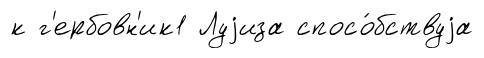
к г'ербовн'ик1 Луjиза спосо́бствуjа